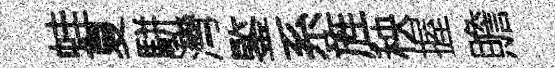
蛙夏駢灣鍳系旌秧握贍